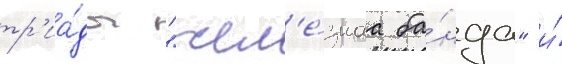
тр'иа́ды "жел'е́знаа ба́нда" и́